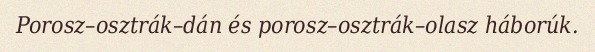
Porosz–osztrák–dán és porosz–osztrák–olasz háborúk.